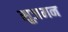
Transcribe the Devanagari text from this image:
सुजमन